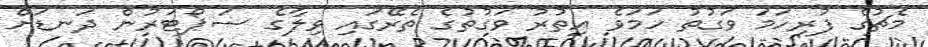
މެޗުގެ ފުރިހަމަ ވަގުތު ހަމަވެ އިތުރު ވަގުތުގެ ތެރޭގައި ވިލާގެ ސަޕޯޓަރުން ދަނޑަށް